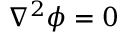
\nabla ^ { 2 } \phi = 0